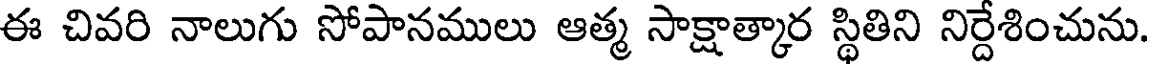
ఈ చివరి నాలుగు సోపానములు ఆత్మ సాక్షాత్కార స్థితిని నిర్దేశించును